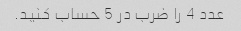
عدد 4 را ضرب در 5 حساب کنید.